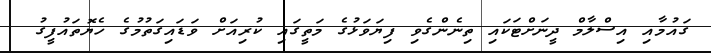
ގައުމާއި އިސްލާމް ދީނަށްޓަކައި ތިނެންގެވި ފިޔަވަޅުގެ މަތީގައި ކުރިއަށް ވަޑައިގަތުމުގެ ހެޔޮތައުފީގު